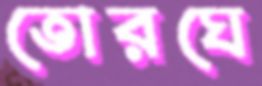
তোরঘে